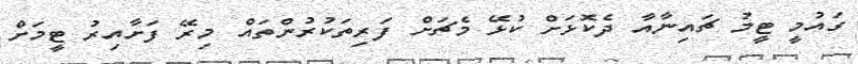
ގައުމީ ޓީމު ޗައިނާއާ ދެކޮޅަށް ކުޅޭ މެޗަށް ފަރިތަކުރުންތައް މިރޭ ފަށާއިރު ޓީމަށް